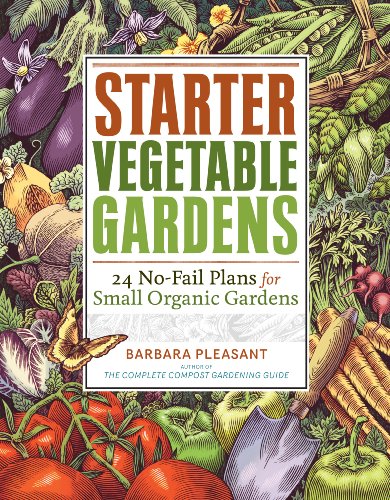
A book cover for Starter Vegetable Gardens: 24 No-Fail Plans for Small Organic Gardens; Barbara Pleasant; Crafts, Hobbies & Home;